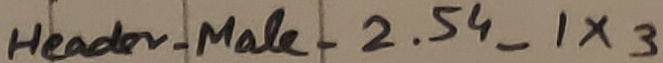
Text: Header_Male_2.54_1X3